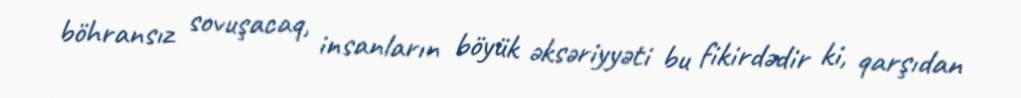
böhransız sovuşacaq, insanların böyük əksəriyyəti bu fikirdədir ki, qarşıdan